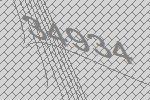
34934